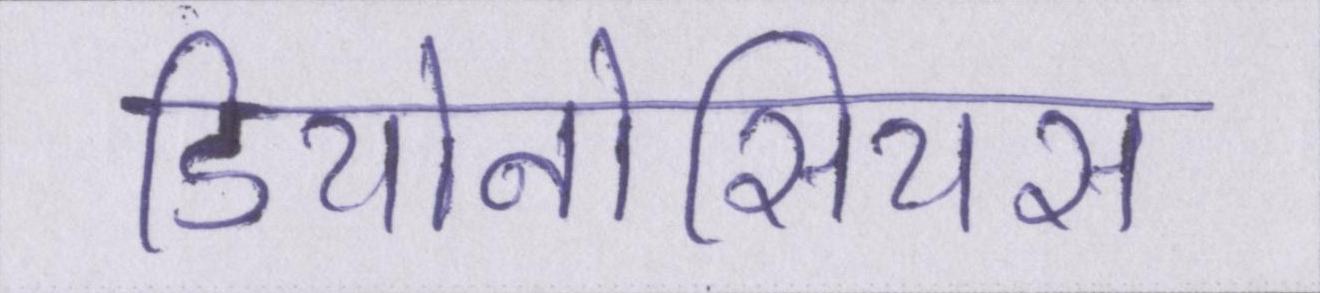
डियोनोसियस